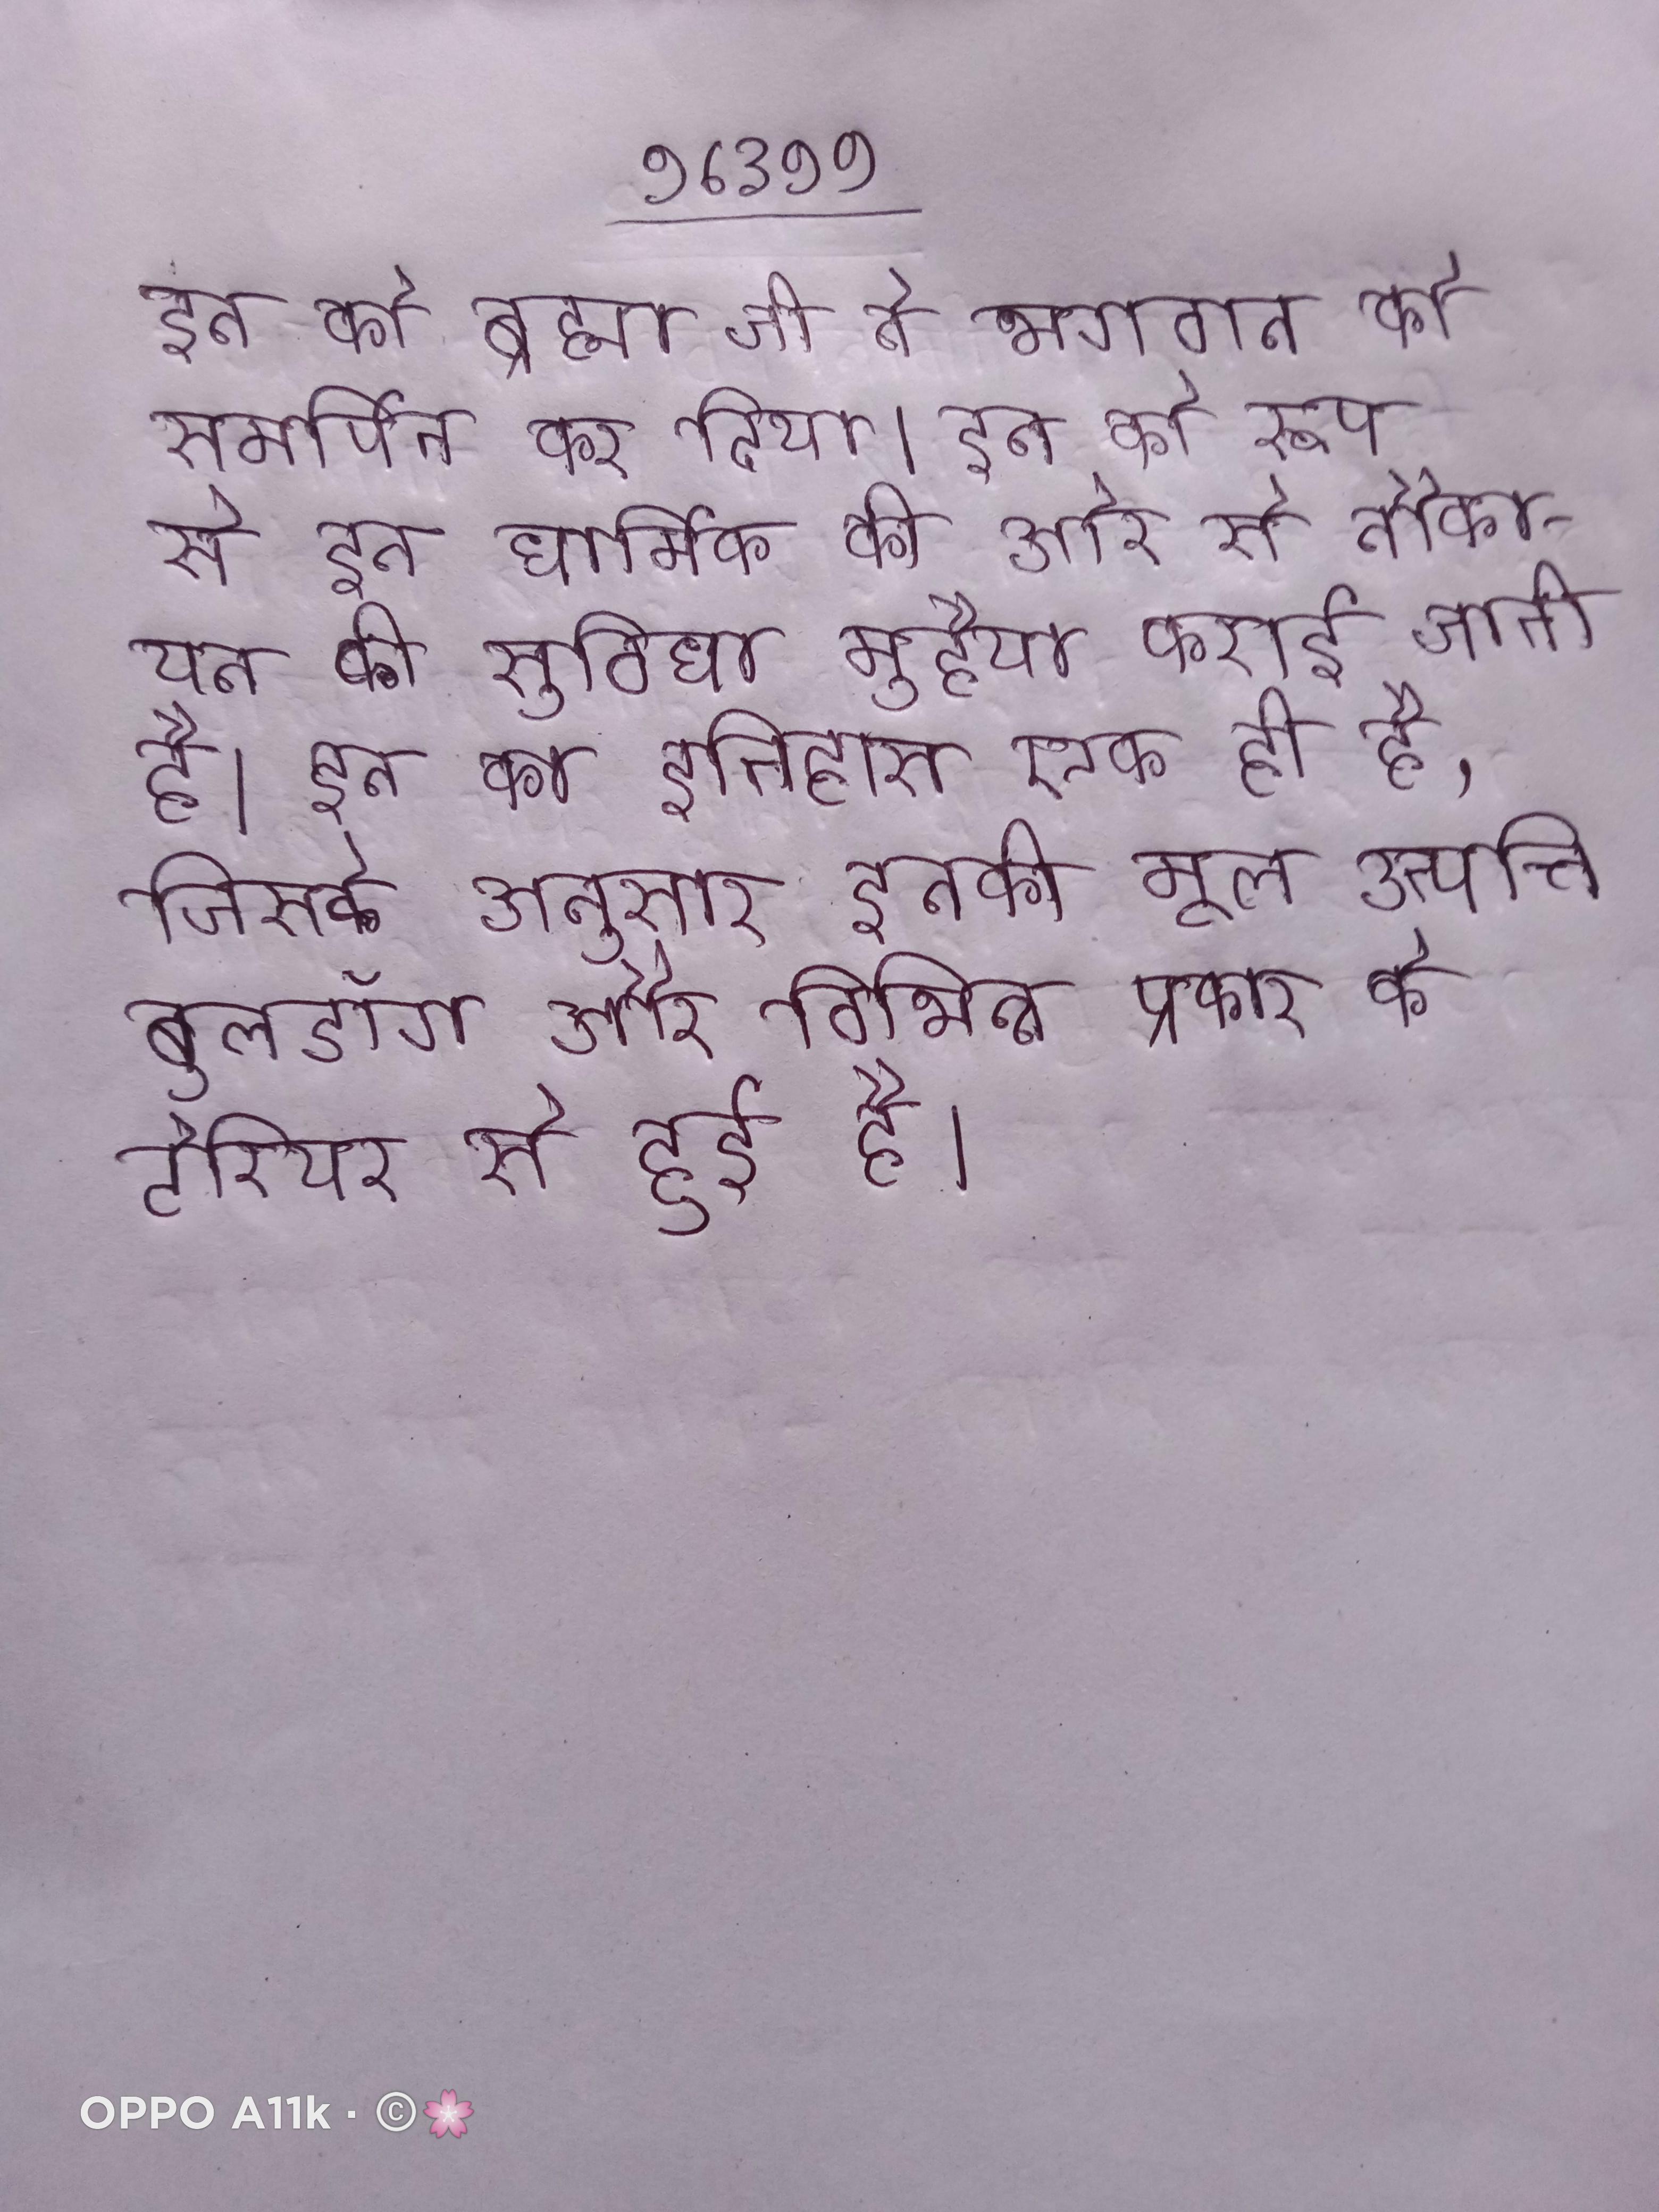
इन को ब्रह्मा जी ने भगवान को समर्पित कर दिया । इन को रूप से इन धार्मिक की ओर से नौकायन की सुविधा मुहैया कराई जाती है । इन का इतिहास एक ही है, जिसके अनुसार इनकी मूल उत्पत्ति बुलडॉग और विभिन्न प्रकार के टेरियर से हुई है ।